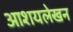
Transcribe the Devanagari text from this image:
आशयलेखन